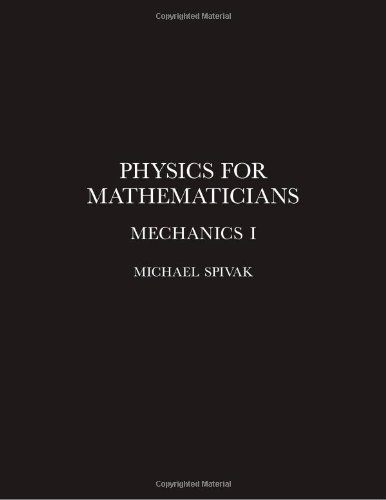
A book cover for Physics for Mathematicians, Mechanics I; Michael Spivak; Science & Math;